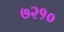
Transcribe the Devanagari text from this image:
७२१०